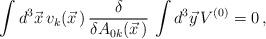
LaTeX: \begin{align*}\int d^3\vec x\,v_k(\vec x\,)\,\frac{\delta}{\delta A_{0k}(\vec x\,)}\,\int d^3\vec y\,V^{(0)}=0\,,\end{align*}